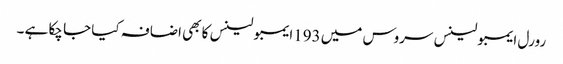
رورل ایمبولینس سروس میں 193ایمبولینس کا بھی اضافہ کیا جا چکا ہے ۔